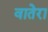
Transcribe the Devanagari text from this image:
वातेरा